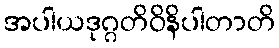
အပါယဒုဂ္ဂတိဝိနိပါတာတိ